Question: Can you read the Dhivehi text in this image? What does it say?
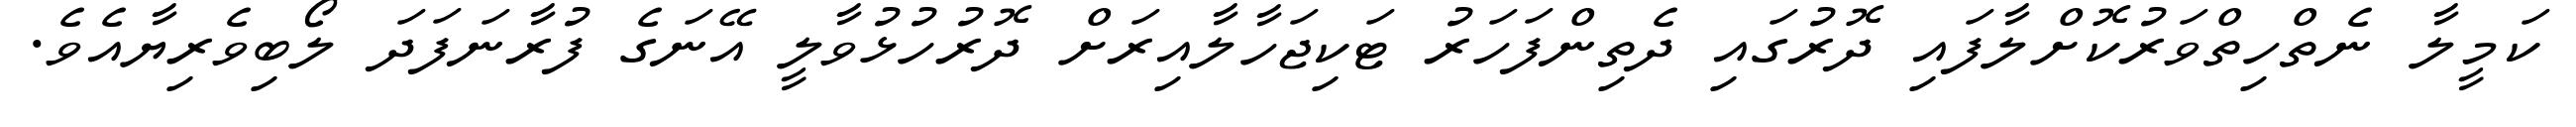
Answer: ކަމީލާ ނެތްހިތްވަރުކޮށްލާފައި ދޮރުގައި ދެތިންފަހަރު ޓަކިޖަހާލާއިރަށް ދޮރުހުޅުވާލީ އޭނަގެ ފުރާނަފަދަ ލޯބިވެރިޔާއެވެ.